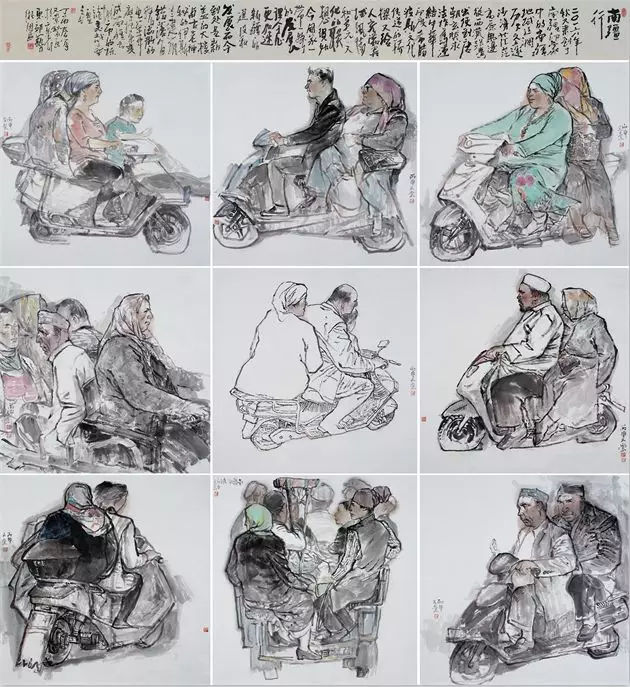
昨日屋头堪炙手，今朝门外好张罗。